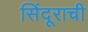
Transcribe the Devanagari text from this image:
सिंदूराची